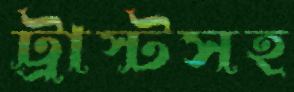
ট্রাস্টসহ